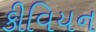
કીવિયન